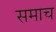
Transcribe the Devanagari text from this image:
समाच